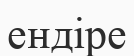
ендіре